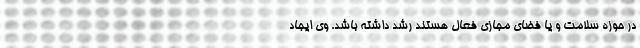
در حوزه سلامت و یا فضای مجازی فعال هستند رشد داشته باشد. وی ایجاد